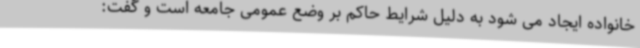
خانواده ایجاد می شود به دلیل شرایط حاکم بر وضع عمومی جامعه است و گفت: